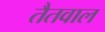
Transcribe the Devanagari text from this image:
तैतवाल